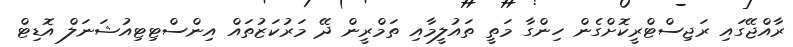
ރާއްޖޭގައި ރަޖިސްޓްރީކޮށްގެން ހިންގާ މަތީ ތައުލީމާއި ތަމްރީން ދޭ މަރުކަޒުތައް އިންސްޓިޓިއުޝަނަލް އޮޑިޓް